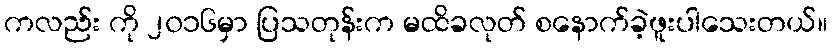
ကလည်း ကို ၂၀၁၆မှာ ပြသတုန်းက မထိခလုတ် စနောက်ခဲ့ဖူးပါသေးတယ်။